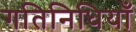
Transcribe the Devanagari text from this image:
गतिनिधियाँ